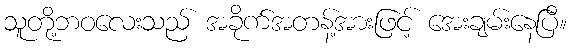
သူတို့ဘဝလေးသည် အခိုက်အတန့်အားဖြင့် အေးချမ်းနေပြီ။